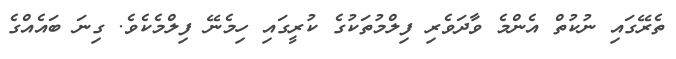
ތެރޭގައި ނުކުތް އެންމެ ވާދަވެރި ފިލްމުތަކުގެ ކުރީގައި ހިމެނޭ ފިލްމެކެވެ. ގިނަ ބައެއްގެ